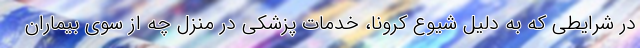
در شرایطی که به دلیل شیوع کرونا، خدمات پزشکی در منزل چه از سوی بیماران